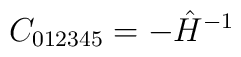
C_{012345} =  - \hat H^{-1}